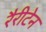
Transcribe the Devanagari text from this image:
रैरीटेन